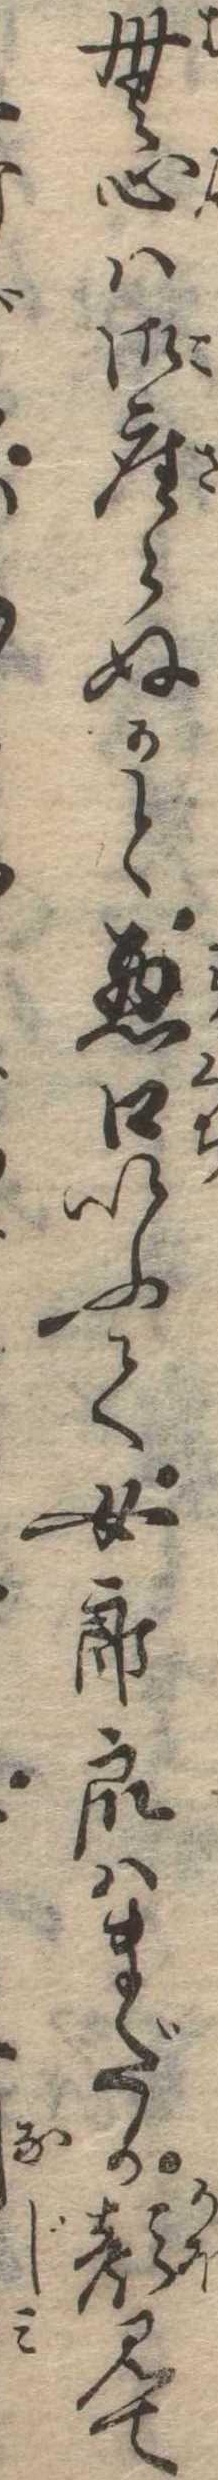
無心は御座らぬかと悪口いふて女郎衆はまだか顔見て